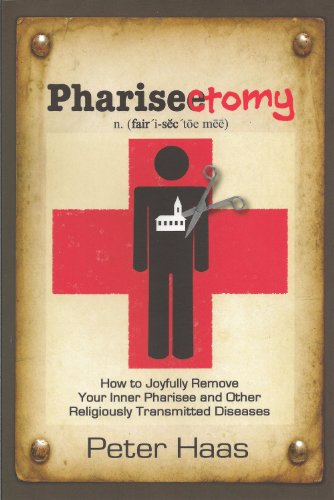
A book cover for Pharisectomy: How to Joyfully Remove Your Inner Pharisee and other Religiously Transmitted Diseases; Peter Haas; Christian Books & Bibles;